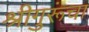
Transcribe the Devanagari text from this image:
श्रीगुरूंचा